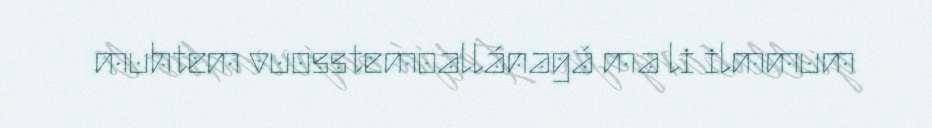
muhtem vuosstemoallánagá ma li ilmmum